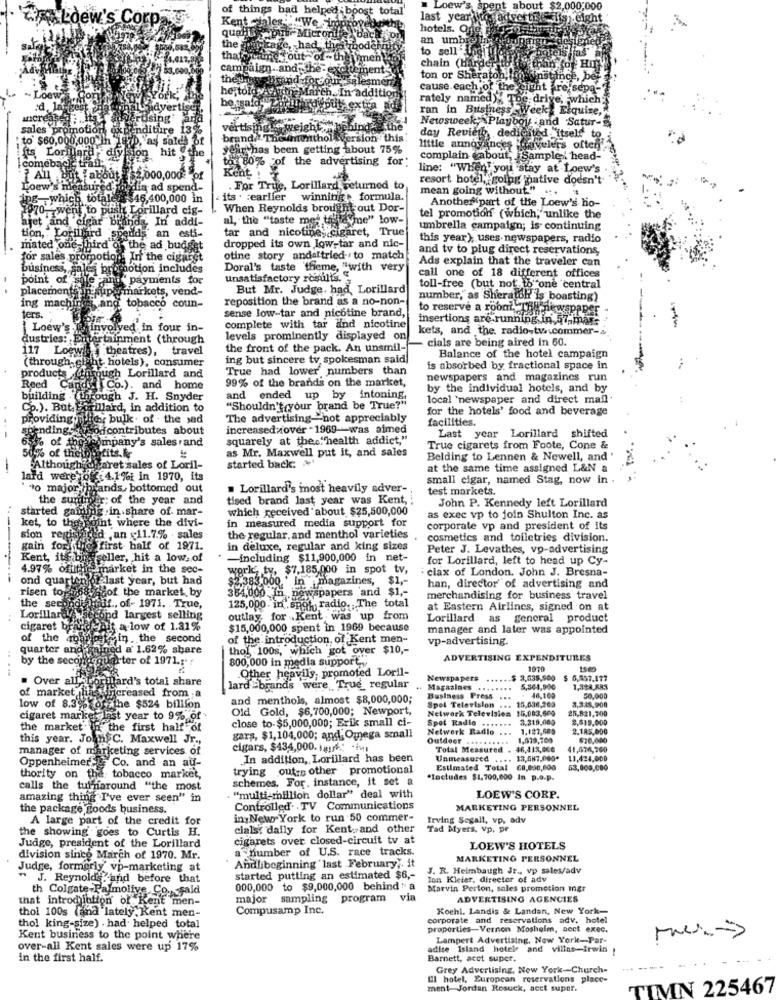
of things bad helped ;boost
t total'
" Loew's spent about $2,000,000
Loew's Cor
Kent-sales :ff
#"We jim
last year to advertise sit
height
hotels. One -75
quads put- Micronite bay
the
an umbrel
mykage, had the node
àbod
to sell Jogi
intels fas"
that staunch out of - the mme
campaign. and the -excite
chain (Harder to
thés
brand for our sel
směr
ton or Sheraton, mo instince, ber
cause each of the sight are sepa-
- Loew
he told -Atth March.In addition
bo said, "Zor
rately named)X 76
d)% The drive, which;
avertis
put, extra
ran in Business Week Elquine
Increase
using
Newsweek; Playboy and Satur-
sales pro
promotion
nditure 13%
vertisingLe weight
to $60,000,000 In
, as sales of
brand .TE
menthol version this
day Revieth, dedicated itself to.
year has been getting about 75%
little annoyances gavelers often
its Lorillard
on hit @the
tou 80% of the advertising for:
complain about, Sample i head-
comebacke tran;
Kent
line: "When you stay at Loew's
,000,000 } of
resort hotel, going native doesn't
Loew's measure
a ad spend-
For True, Lorillard returned to
mean going without." .
WE ,which totaley
$46,400,000 in
its . : earlier winning formula.
Another part of the Loew's ho-
:70 went to push Lorillard cig-
When Reynolds brought out Dor-
ajet 'and cigar Bis
In addi-
al, the "taste met tostayme" low-
tel promotion (which, unlike the
tion, : Lorillard
spends an esti-
tar and nicotine, cigaret, True
umbrella campaign; is continuing
this year); uses newspapers, radio
mated one- third of the ad budget
dropped its own low-tar and nic-
and tv to plug direct reservations,
for sales promotion. In the cigaret
otine story andaltried to match
Ads explain that the traveler can
business, sales promotion includes
Doral's taste theme, "with very
point of sale -ante payments for
unsatisfactory results.
call one of 18 different offices
placementsin super markets, vend-
But Mr. Judge. had, Lorillard
toll-free (but not to one central
reposition the brand as a no-non-
number, as Sheratol is boasting)
ing machir
and tobacco coun-
sense low-tar and nicotine brand,
to reserve a robot, The newspaper
ters.
insertions are running in 57,mar
Loew's Whinvolved in four in-
complete with tar and nicotine
kets, and the. radio-tv.comme
dustries: Entertainment (through
levels prominently displayed on
cials are being aired in 60.
117 Loewith theatres),
travel
the front of the pack. An unsmil-
(through,gluht hotels), consumer
ing but sincere tv spokesman said
Balance of the hotel campaign
True had lower numbers than
is absorbed by fractional space in
products (through Lorillard and
99% of the brands on the market,
newspapers and magazines run
Reed Candyt Co.). and home
by the individual hotels, and by
building (through J. H. Snyder
and ended up by intoning,
local 'newspaper and direct mail
Cp.). But Forillard, in addition to
"Shouldn't(your brand be True?"
for the hotels' food and beverage
providing flic, bulk . of . the sad
The advertising-not appreciably
facilities.
spending: vhodcontributes about
increasedxover - 1969-was aimed
-- -
squarely at the.""health addict,"
Last year Lorillard shifted
for company's sales and
as Mr. Maxwell put it, and sales
True cigarets from Foote, Cone &
50% of the bigtits.k
started back: ~
Belding to Lennen & Newell, and '
-
Althoughif garet sales of Loril-
at the same time assigned L&N a
lard were off 4.1%; in 1970, its
small cigar, named Stag, now in .
"o major,/brands, bottomed out
. Lorillard's most heavily adver-
test markets.
the surtiper; of the year and
tised brand last year was Kent,
John P. Kennedy left Lorillard
started gamling .
atting .in.share of mar-
which received about $25,500,000
in measured media support for
as exec vp to join Shulton Inc. as
ket, to the point where the divi-
corporate vp and president of its
sion regishared an 11.7.% . sales
the regular, and menthol varieties
cosmetics and toiletries division.
gain for the first half of 1971.
in deluxe, regular and king sizes
Peter J. Levathes, vo-advertising
Kent, its big Feller, hit a low. of
-including $11,900,000 in net-
for Lorillard, left to head up Cy-
4.97% ofilthe market in the sec-
werk, ty, $7,185,000 in spot tv,
clax of London. John J. Bresna-
ond quarter of last year, but had
$1,383.000 ' in magazines,
$1,
risen torno
han, director of advertising and
882hcof the market, by
384,000 In .newspapers and $1 ,-
merchandising for business travel
LorillardVe
the secondifhalf ., of- 1971. . True,
125,000. in spot, radio, The total
at Eastern Airlines, signed on at
hecond largest selling
outlay, for Kent was up from
Lorillard as general product
cigaret bra
iHat a low of 1.31%
$15,000,000 spent in 1969 because
manager and later was appointed
of the 4ballotin ,the second
of the introduction, of Kent men-
vp-advertising.
quarter and
gained a 1.62% share
thol .100s, which got over $10 ,-
by the second quarter of 1971.1 ?
800,000 in media support ...
ADVERTISING EXPENDITURES
Other heavily, promoted Loril-
1010
. Over allaborulard's total share
Newspapers
$ 3,635,900
$ 6,657.177
of market has increased from a
lard =brands were, True_ regular
.. Magazines
...
5,564,500
1,388 RRS
and menthols, almost $8,000,000;
Business Press
Spol Television ... 15,036,203
...
46,109
3,348,900
50,000
low of 8.39% of the $524 billion
Old Gold, $6,700,000; Newport,
Network Television 15.083.500
25,821,700
cigaret marke last year to 9% of
close to-$5,000,000; Erik small ci-
Spot Radio .......
3.318,060
2,515,000
the market. In the first half of
Network Radio
1.127,509
2.185,000
this year. John C. Maxwell Jr .,
gars, $1,104,000; and; Omega small
Outdeer
1,073,760
670,000
manager of marketing services of
cigars, $434,000. r .: - )
Total Measured . 46,413,600
41,474,700
Oppenheimer, Co. and an au-
In addition, Lorillard has been
Unmeasured .... 13,487.000*
11.424,000
trying outrs other promotional
Estimated Total 60,000,000
53,868,000
thority on the tobacco market,
schemes, For. instance, it set a
*Includes $1,700,000 In p.o.p.
calls the turnaround "the most
amazing thing I've ever seen" in
"multi-million dollar" deal with
LOEW'S CORP.
the package goods business.
Controlled. . TV Communications
MARKETING PERSONNEL
A large part of the credit for
in New York to run 50 commer-
Irving Segall, vp, adv
the showing goes to Curtis H.
cialst dally for Kent. and other
Tad Myers, Vp. pr
cigarets over closed-circuit tv at
Judge, president of the Lorillard
a number of U.S. race tracks.
LOEW'S HOTELS
division since March of 1970. Mr.
Andlibeginning last February ,. it
MARKETING PERSONNEL
Judge, formerly' vp-marketing at
J. R. Heimbaugh Jr ., vp sales/adv
J. Reynold Land before that
started putting an estimated $6 ,-
Ton Kleier, director of adv
th Colgate-Palmolive. Co. said
000,000 to $9,000,000 behind " a
Marvin Perton, sales promotion Ingr
that introduction of Kent men-
major sampling program
via
ADVERTISING AGENCIES
thol 100s (and lately Kent men-
Compusamp Inc.
Kochl. Landis & Landan, New York-
corporate and reservations adv. hotel
thol king-size) . had helped total
properties-Vernon Moshelm, sect exec.
Kent business to the point where
Lampert Advertising, New York-Par-
over-all Kent sales were up 17%
adise Island hotele and villas-irwin
in the first half.
Barnett, acct super.
Grey Advertising, New York-Church-
....
El hotel, European reservations place-
ment Jordan Rosuck, acet super.
TIMN 225467